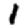
Digit: 1